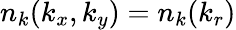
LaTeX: n_{k}(k_{x},k_{y})=n_{k}(k_{r})